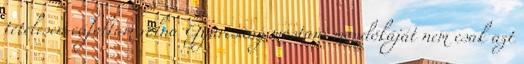
tételesen cáfoltam volna Gyurcsány mostani mondókáját nem csak azt